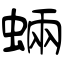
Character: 蜽